King Institute of Preventive Medicine Micro-Biological Section reports 1909-11
Year: 1909
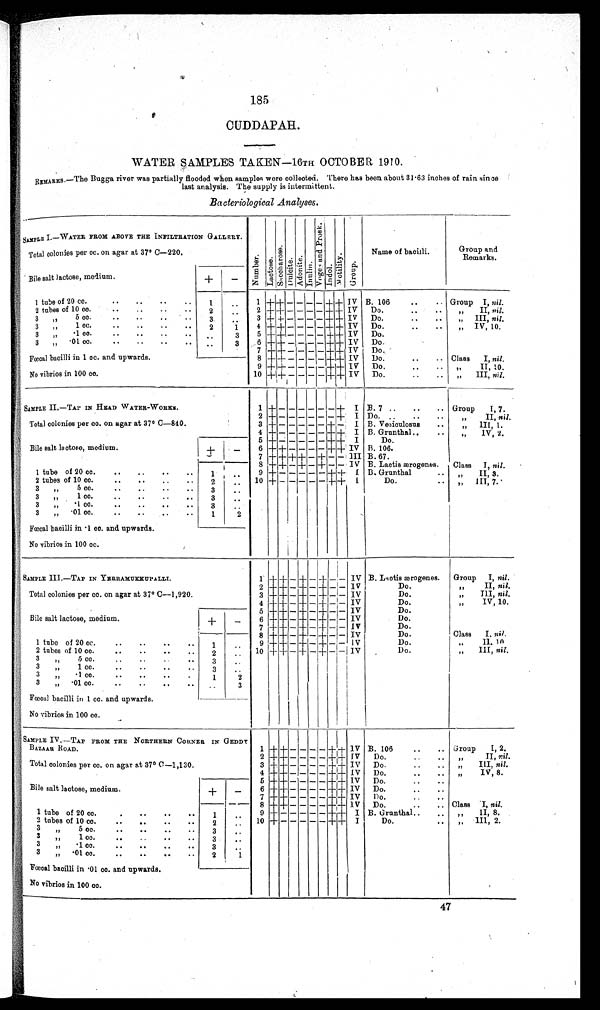
185
CUDDAPAH.
WATER SAMPLES TAKEN—16TH OCTOBER 1910.
REMARKS.—The Bugga river was partially flooded when samples were colleoted. There has been about 31·63 inches of rain since
last analysis. The supply is intermittent.
Bacteriological Analyses.
SAMPLE I.—WATER FROM ABOVE THE INFILTRATION GALLERY.
NumberLactoseSacchar os eDulciteAdoni t eInulin. V o g e s a n d P r o s k . IndolMot i l i t y.Group.
Name of bacilli.
Group and
Remarks.
Total colonies per cc. on agar at 37° C—220
Bile salt lactose, medium.
+
-
1 tube of 20 cc.
1
1
+ +
- - - -
+
+ IV B.106.
Group I, nil.
2 tubes of 10 cc.
2
2 + + - - - - + + IV
Do.
„ II, nil.
3 „ 5 cc.
3
3 +
+ - - - -
+
+
IV Do.
„ III, nil.
3 „ 1 cc.
2
1
4
+ +
- - - -
+
+
IV
Do.
„ IV, 10.
3 „·1 cc.
3
5
+ +
- - - -
+
+
IV
Do.
3 „·01 cc.
3
6 + + - - - - + + IV
Do.
7 + + - - - -
+
+
IV
Do.
Fœcal bacilli in 1 cc. and upwards.
8 +
+
- - - -
+
+
IV
Do.
Class I, nil.
9
+ +
- - - -
+
+
IV
Do.
„ II, 10.
No vibrios in 100 cc.
10
+ +
- - - - + + IV
Do.
„ III, nil.
SAMPLE II.—TAP IN HEAD WATER-WORKS.
1 +
+
- - - - -
+ I B.7
Group I, 7.
2 + + - - - - - + I Do.
„ II, nil.
Total colonies per cc. on agar at 37° C—840.
3
+ +
- - - - + -
I B. Vesiculosus.
„ III, 1.
4
+
+ - - - - -
+
I B. Grunthal.
„ IV, 2.
5 +
+
- - - - + +
Do.
Bile salt lactose, medium.
+
-
6
+ +
- - - - -
+
IV B. 106.
7
+ + + +
-
+
- -
III B.67.
8 + + - + - + - - IV B. Lactisærogenes.
Class I, nil.
1 tube of 20 cc.
1
9 +- - - - - + + I B. Grunthal.
,, II, 3.
2 tubes of 10 cc.
2
10
+
- - - - - -
+
I
Do.
„ III, 7.
3 „ 5 cc.
3
3 „ 1 cc
3
3 „·1 cc
3
3 „·01 cc.
1
2
Fœcal bacilli in 1 cc. and upwards.
No vibrios in 100 cc.
SAMPLE III.—TAP IN YERRAMUKKUPALLI.
1
+ +
-
+
-
+
- -
IV B. Lactisæ rogenes.
Group I, nil.
2
+ +
-
+
-
+
- -
IV
Do.
,, II, nil.
Total colonies per cc. on agar at 37° C—1,920.
3
+
+ -
+
-
+
- -
IV
Do.
„ III, nil.
4
+ +
-
+
-
+ - -
IV
Do.
,, IV, 10.
5
+ +
-
+
-
+
- -
IV
Do.
Bile salt lactose, medium.
+
-
6
+ +
-
+
-
+ - - IV
Do.
7
+
+ -
+
-
+
- -
IV
Do.
8
+ +
-
+
-
+
- -
IV
Do.
Class I, nil .
1 tube of 20 cc.
1
9 + + -
+
-
+ - - IV
Do.
„ II, 10
2 tubes of 10 cc.
2
10
+
+ -
+
-
+
- -
IV
Do.
„ III, nil.
3 „ 5 cc.
3
3 „1 cc.
3
3 „·1cc.
1
2
3 „·01 cc.
3
Fœcal bacilli in 1 cc. and upwards.
No vibrios in 100 cc.
SAMPLE IV.—TAP FROM THE NORTHERN CORNER IN GEDDY
BAZAAR ROAD
1 + + -
-
-
- +
+
IV B.106
Group I, 2.
2
+ + - - -
-
+
+
IV
Do.
„ II, nil.
Total colonies per cc. on agar at 37° C—1,130.
3
+ +
- - - -
+
+
IV
Do.
„ III, nil.
4
+
+ - - - -
+
+
IV
Do.
„ IV, 8.
5
+
+ - - - -
+ +
IV
Do.
Bile salt lactose, medium.
+
-
6
+ +
- - - -
+ +
IV
Do.
7
+ +
- - - -
+ +
IV Do.
8
+ +
- - - -
+ +
I V
Do.
Class I,
nil.
1 tubeof 20 cc.
1
9
+
- - - - -
+ +
I B. Grunthal.
,, II,8.
2 tubes of 10 cc.
2
10
+
- - - - -
+
+
I
Do.
„ III,2.
3 „ 5 cc.
3
3 „ 1 cc.
3
3 ,,·1 cc
3
3 „·01 cc.
2
1
Fœcal bacilli in·01 cc. and upwards.
No vibrios in 100 cc.
47